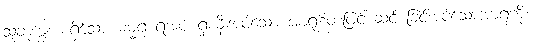
သုခဒုက္ခအစရှိသော ဓမ္မရုံ ရအပ် ရှာမှီးအပ်သော အာရုံစိတ်ဖြင့် ဆင် ခြင်အပ်သောအာရုံကို။